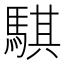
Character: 騏